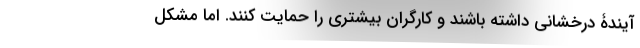
آیندۀ درخشانی داشته باشند و کارگران بیشتری را حمایت کنند. اما مشکل